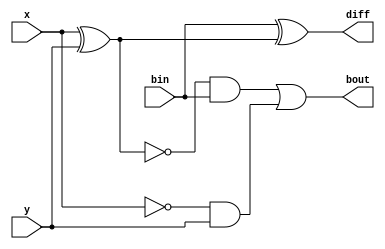
module Full_sub_1bit (x,y,bin,diff,bout);

input x,y,bin;
output diff,bout;

wire xor_xy,not_x,w1,w2;

xor (xor_xy,x,y);
xor (diff,bin,xor_xy);

not (not_x,x);
and (w1,not_x,y);

not(not_xor_xy,xor_xy);
and (w2,not_xor_xy,bin);

or (bout,w2,w1);
endmodule

module Full_sub_2bit (x,y,_bin,diff,_bout);

input [1:0] x,y;
input _bin;
output [1:0] diff;
output _bout;

Full_sub_1bit m0(.x(x[0]),.y(y[0]),.bin(_bin),.diff(diff[0]),.bout(w1));
Full_sub_1bit m1(.x(x[1]),.y(y[1]),.bin(w1),.diff(diff[1]),.bout(_bout));

endmodule


module test_Full_sub_2bit();

reg [1:0]b0,b1;
reg _bin;

wire [1:0]_diff;
wire _bout;

Full_sub_2bit full(.x(b0),.y(b1),._bin(_bin),.diff(_diff),._bout(_bout));


initial begin

b0=2'b11; b1=2'b11; _bin=1'b0;

#10

b0=2'b11; b1=2'b00; _bin=1'b0;

#10

b0=2'b10; b1=2'b01; _bin=1'b0;

end
endmodule